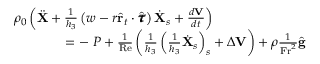
\begin{array} { r } { \rho _ { 0 } \left( \ddot { \mathbf { X } } + \frac { 1 } { h _ { 3 } } \left( w - r \hat { \mathbf { r } } _ { t } \cdot \hat { \pmb { \tau } } \right) \dot { \mathbf { X } } _ { s } + \frac { d \mathbf { V } } { d t } \right) \quad \quad \quad \quad \quad \quad \quad } \\ { = - \mathbf { \nabla } P + \frac { 1 } { \mathrm { R e } } \left( \frac { 1 } { h _ { 3 } } \left( \frac { 1 } { h _ { 3 } } \dot { \mathbf { X } } _ { s } \right) _ { s } + \Delta \mathbf { V } \right) + \rho \frac { 1 } { \mathrm { F r } ^ { 2 } } \hat { \mathbf { g } } } \end{array}